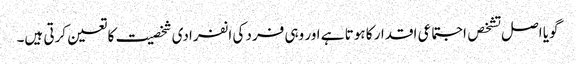
گویا اصل تشخص اجتماعی اقدار کا ہوتا ہے اور وہی فرد کی انفرادی شخصیت کا تعین کرتی ہیں۔